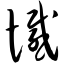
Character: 憾